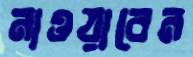
নাওয়াবেন